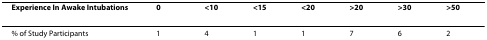
<table><thead><tr><td><b>Experience In Awake Intubations</b></td><td><b>0</b></td><td><b>&lt;10</b></td><td><b>&lt;15</b></td><td><b>&lt;20</b></td><td><b>&gt;20</b></td><td><b>&gt;30</b></td><td><b>&gt;50</b></td></tr></thead><tbody><tr><td>% of Study Participantsn = 22</td><td>1</td><td>4</td><td>1</td><td>1</td><td>7</td><td>6</td><td>2</td></tr></tbody></table>